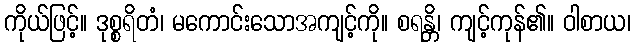
ကိုယ်ဖြင့်။ ဒုစ္စရိတံ၊ မကောင်းသောအကျင့်ကို။ စရန္တိ၊ ကျင့်ကုန်၏။ ဝါစာယ၊